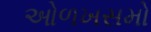
ઓળખસમો